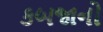
કબજાનો